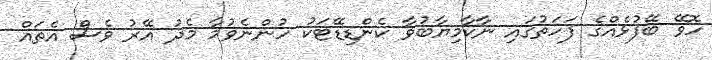
ހޮވޭ ބޭފުޅެއްގެ ފަހަތުގައި ނާކާމިޔާބުވާ ކެންޑިޑޭޓަކު ހުންނެވުމާ މެދު އޭރު ވެސް އެތައް